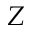
Z